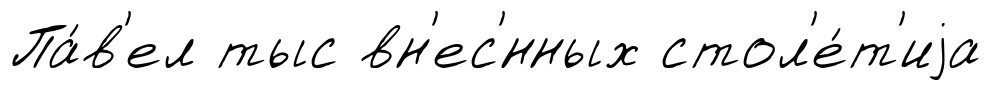
Па́в'ел тыс вн'ес'́нных стол'е́т'иjа